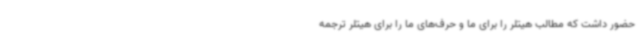
حضور داشت که مطالب هیتلر را برای ما و حرف‌های ما را برای هیتلر ترجمه